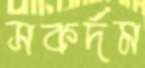
সকর্দম